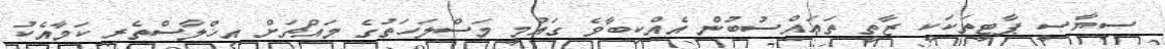
ސިޔާސީ ޕާޓީތަކަކީ ޒާތީ ތަޢައްސުބުން އެއްކިބާވެ ގައުމީ މަސްލަހަތުގެ މައްޗަށް އިޚްލާސްތެރި ކަމާއެކު